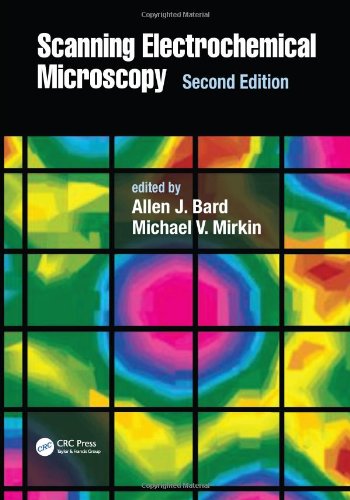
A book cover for Scanning Electrochemical Microscopy, Second Edition; Science & Math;